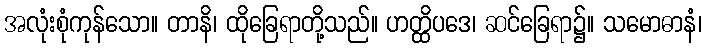
အလုံးစုံကုန်သော။ တာနိ၊ ထိုခြေရာတို့သည်။ ဟတ္ထိပဒေ၊ ဆင်ခြေရာ၌။ သမောဓာနံ၊